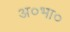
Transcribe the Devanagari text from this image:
अ०भा०